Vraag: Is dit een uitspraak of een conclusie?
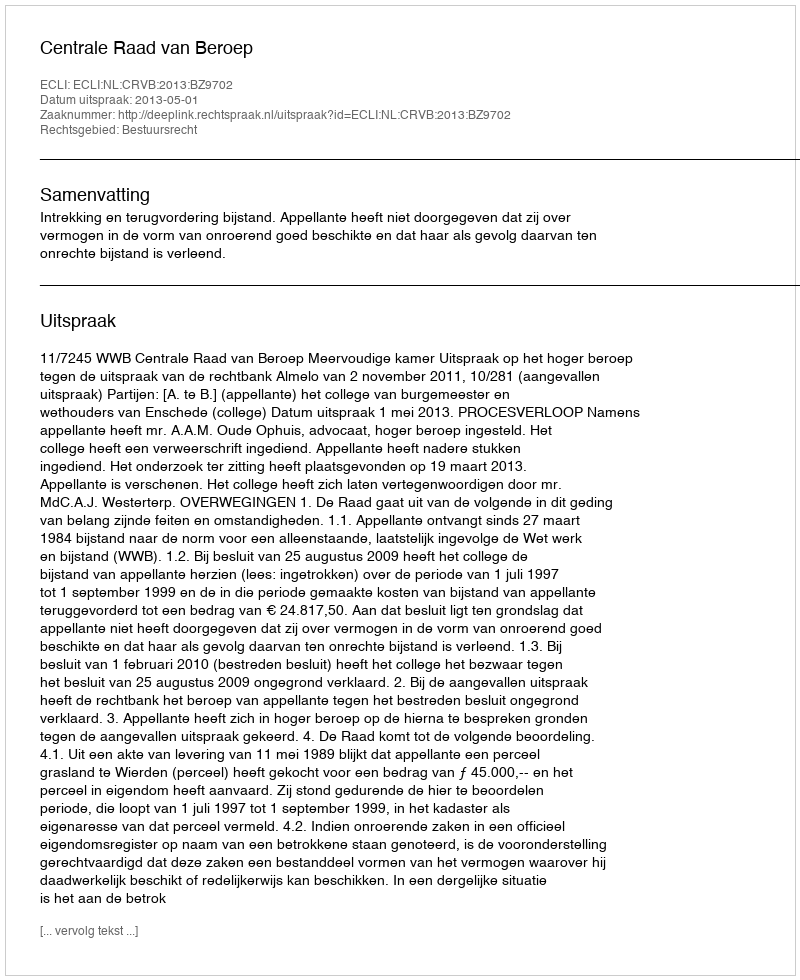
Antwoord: Uitspraak